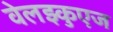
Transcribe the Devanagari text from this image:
वेलझ्कुएज